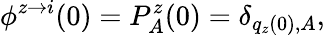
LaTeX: \phi^{z\rightarrow i}(0)=P_{A}^{z}(0)=\delta_{q_{z}(0),A},